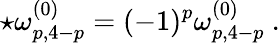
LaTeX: \star\omega_{p,4-p}^{(0)}=(-1)^{p}\omega_{p,4-p}^{(0)}\ .